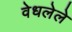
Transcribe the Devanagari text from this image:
वेधलेले